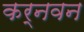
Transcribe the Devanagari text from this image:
कर्नवन